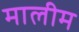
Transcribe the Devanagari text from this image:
मालीम